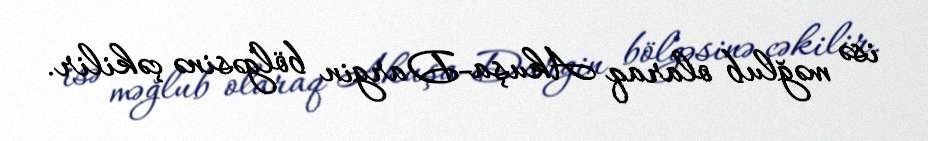
isə məğlub olaraq Akuşa-Dargin bölgəsinə çəkilir.